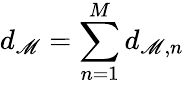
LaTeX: d_{\mathscr{M}}=\sum_{n=1}^{M}d_{\mathscr{M},n}